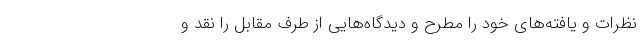
نظرات و یافته‌های خود را مطرح و دیدگاه‌هایی از طرف مقابل را نقد و